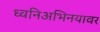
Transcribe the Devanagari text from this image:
ध्वनिअभिनयावर